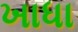
ખાધા